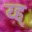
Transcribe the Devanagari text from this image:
य्ह्